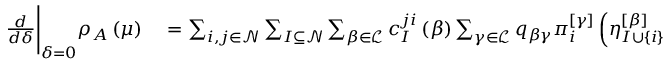
\begin{array} { r l } { \frac { d } { d \delta } \Bigg \vert _ { \delta = 0 } \rho _ { A } \left( \mu \right) } & { { } = \sum _ { i , j \in \mathcal { N } } \sum _ { I \subseteq \mathcal { N } } \sum _ { \beta \in \mathcal { L } } c _ { I } ^ { j i } \left( \beta \right) \sum _ { \gamma \in \mathcal { L } } q _ { \beta \gamma } \pi _ { i } ^ { \left[ \gamma \right] } \left( \eta _ { I \cup \left\{ i \right\} } ^ { \left[ \beta \right] } \left( \mu \right) - \eta _ { I \cup \left\{ j \right\} } ^ { \left[ \beta \right] } \left( \mu \right) \right) , } \end{array}